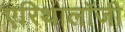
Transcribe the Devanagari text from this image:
एरिथालॉजी